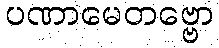
ပဏာမေတဗ္ဗော